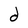
Character: d